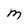
Character: M